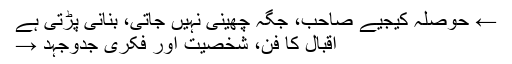
← حوصلہ کیجیے صاحب، جگہ چھینی نہیں جاتی، بنانی پڑتی ہے
اقبالؔ کا فن، شخصیت اور فکری جدوجہد →